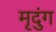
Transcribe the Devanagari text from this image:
मृदुंग